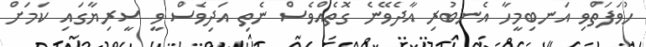
ހުވަފަތްވި އަނބިމީހާ އެނބުރި އާދެވޭނެ ގޮތެއްވެސް ނެތި އަދިވެސް ވީ ސީރިޔާގައި ކަމަށް